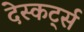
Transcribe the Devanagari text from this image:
देस्कर्ट्स